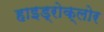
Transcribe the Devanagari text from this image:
हाइड्रोक्लोर